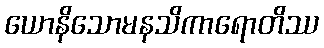
ယောနိသောမနသိကာရောတိဿ